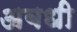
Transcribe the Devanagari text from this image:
अबधी